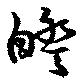
睽